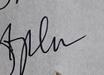
Signature authenticity: genuine